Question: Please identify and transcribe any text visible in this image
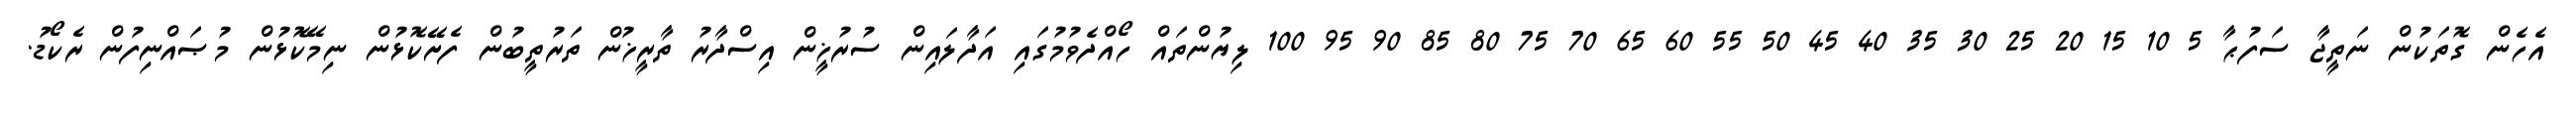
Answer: އެހެން ގޮތަކުން ނަތީޖާ ސަފުޙާ 5 10 15 20 25 30 35 40 45 50 55 60 65 70 75 80 85 90 95 100 ލިޔުންތައް ހޯއްދެވުމުގައި އަދާލައިން ސުރުޚީން އިސްދާރު ތާރީޚުން ތަރުތީބުން ފެށޭކޮޅުން ނިމޭކޮޅުން މުޞައްނިފުން ރެކޯޑު.